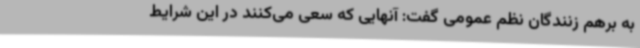
به برهم زنندگان نظم عمومی گفت: آنهایی که سعی می‌کنند در این شرایط